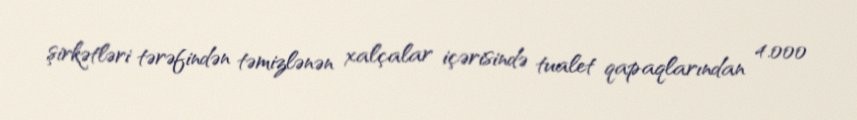
şirkətləri tərəfindən təmizlənən xalçalar içərisində tualet qapaqlarından 4.000